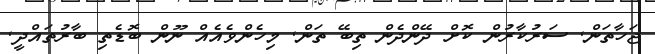
ޖަހާތަން